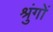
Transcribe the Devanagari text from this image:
श्रुंगों